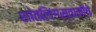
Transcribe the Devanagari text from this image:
शांतलिंगस्वामीचे